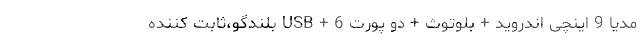
مدیا 9 اینچی اندروید + بلوتوث + دو پورت USB + 6 بلندگو،ثابت کننده